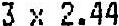
3 X 2.44